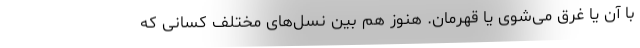
با آن یا غرق می‌شوی یا قهرمان. هنوز هم بین نسل‌های مختلف کسانی که